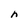
Character: n